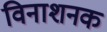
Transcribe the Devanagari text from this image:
विनाशनक